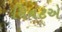
મિનટએ